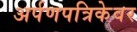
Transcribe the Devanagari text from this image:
अर्पणपत्रिकेवर